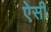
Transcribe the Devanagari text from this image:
ऐेसी